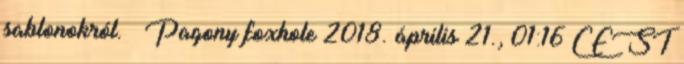
sablonokról. – Pagony foxhole 2018. április 21., 01:16 CEST